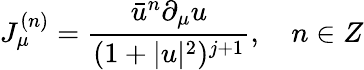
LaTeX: J_{\mu}^{(n)}=\frac{\bar{u}^{n}\partial_{\mu}u}{(1+|u|^{2})^{j+1}},\quad n\in Z